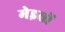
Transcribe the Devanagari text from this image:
मेइसों